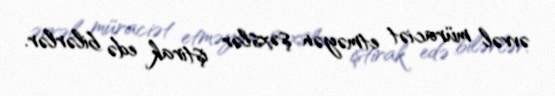
əvvəl müraciət etməyən şəxslər iştirak edə bilərlər.